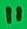
Text: 11